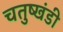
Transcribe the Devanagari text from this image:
चतुष्खंडी